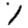
Digit: 1